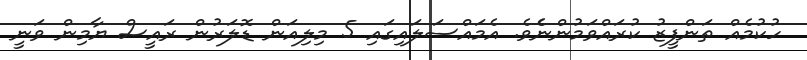
ހުކުމެއް ތަންފީޒު ކުރައްވަމުންނެެވެ. އެމައްސަލައިގައި 5 މިލިއަން ޑޮލަރުން ރައީސް ޔާމިން ވަނީ